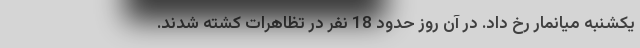
یکشنبه میانمار رخ داد. در آن روز حدود 18 نفر در تظاهرات کشته شدند.